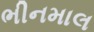
ભીનમાલ